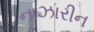
નાઝારીન